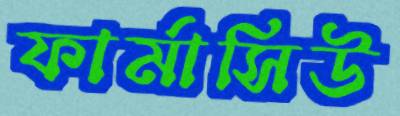
ফার্মাসিউ